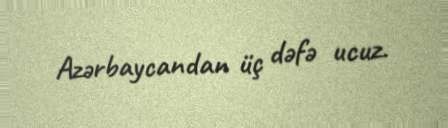
Azərbaycandan üç dəfə ucuz.